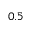
0 . 5